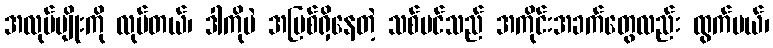
အလုပ်မျိုးကို လုပ်တယ်၊ ဒါကိုပဲ အမြစ်ရှိနေတဲ့ သစ်ပင်သည် အကိုင်းအခက်တွေလည်း ထွက်မယ်၊